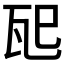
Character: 𪼶